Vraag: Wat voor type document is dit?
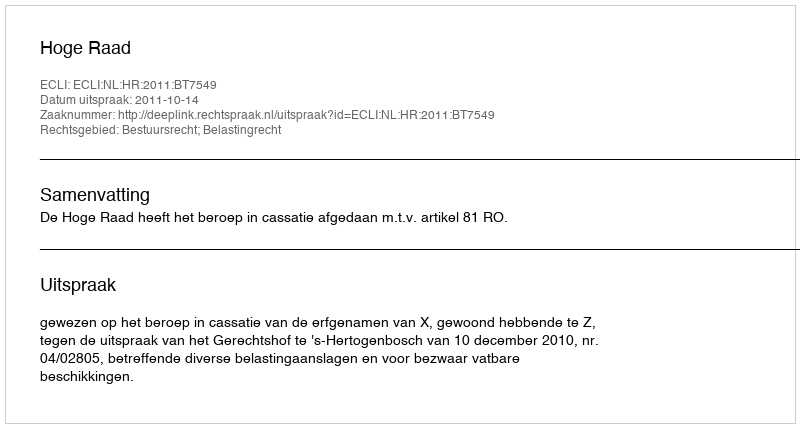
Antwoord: Uitspraak